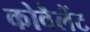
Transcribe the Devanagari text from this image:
कोवैलैंट